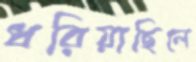
ধরিয়াছিলে